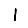
Digit: 1